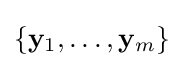
{\textstyle \{\mathbf {y} _{1},\ldots ,\mathbf {y} _{m}\}}